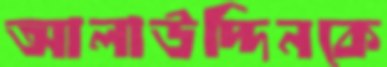
আলাউদ্দিনকে